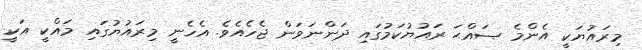
މިރައުޔަކީ އެންމެ ޞައްޙަ ރައުޔުކަމުގައި ދަންނަވަން ޖެހެއެވެ. އެހެނީ މިރައުޔުގައި މައްކީ އަކީ